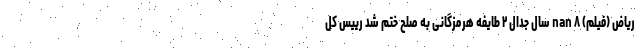
ریاض (فیلم) nan ۸ سال جدال ۲ طایفه هرمزگانی به صلح ختم شد رییس کل